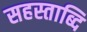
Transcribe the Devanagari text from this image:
सहस्ताब्दि